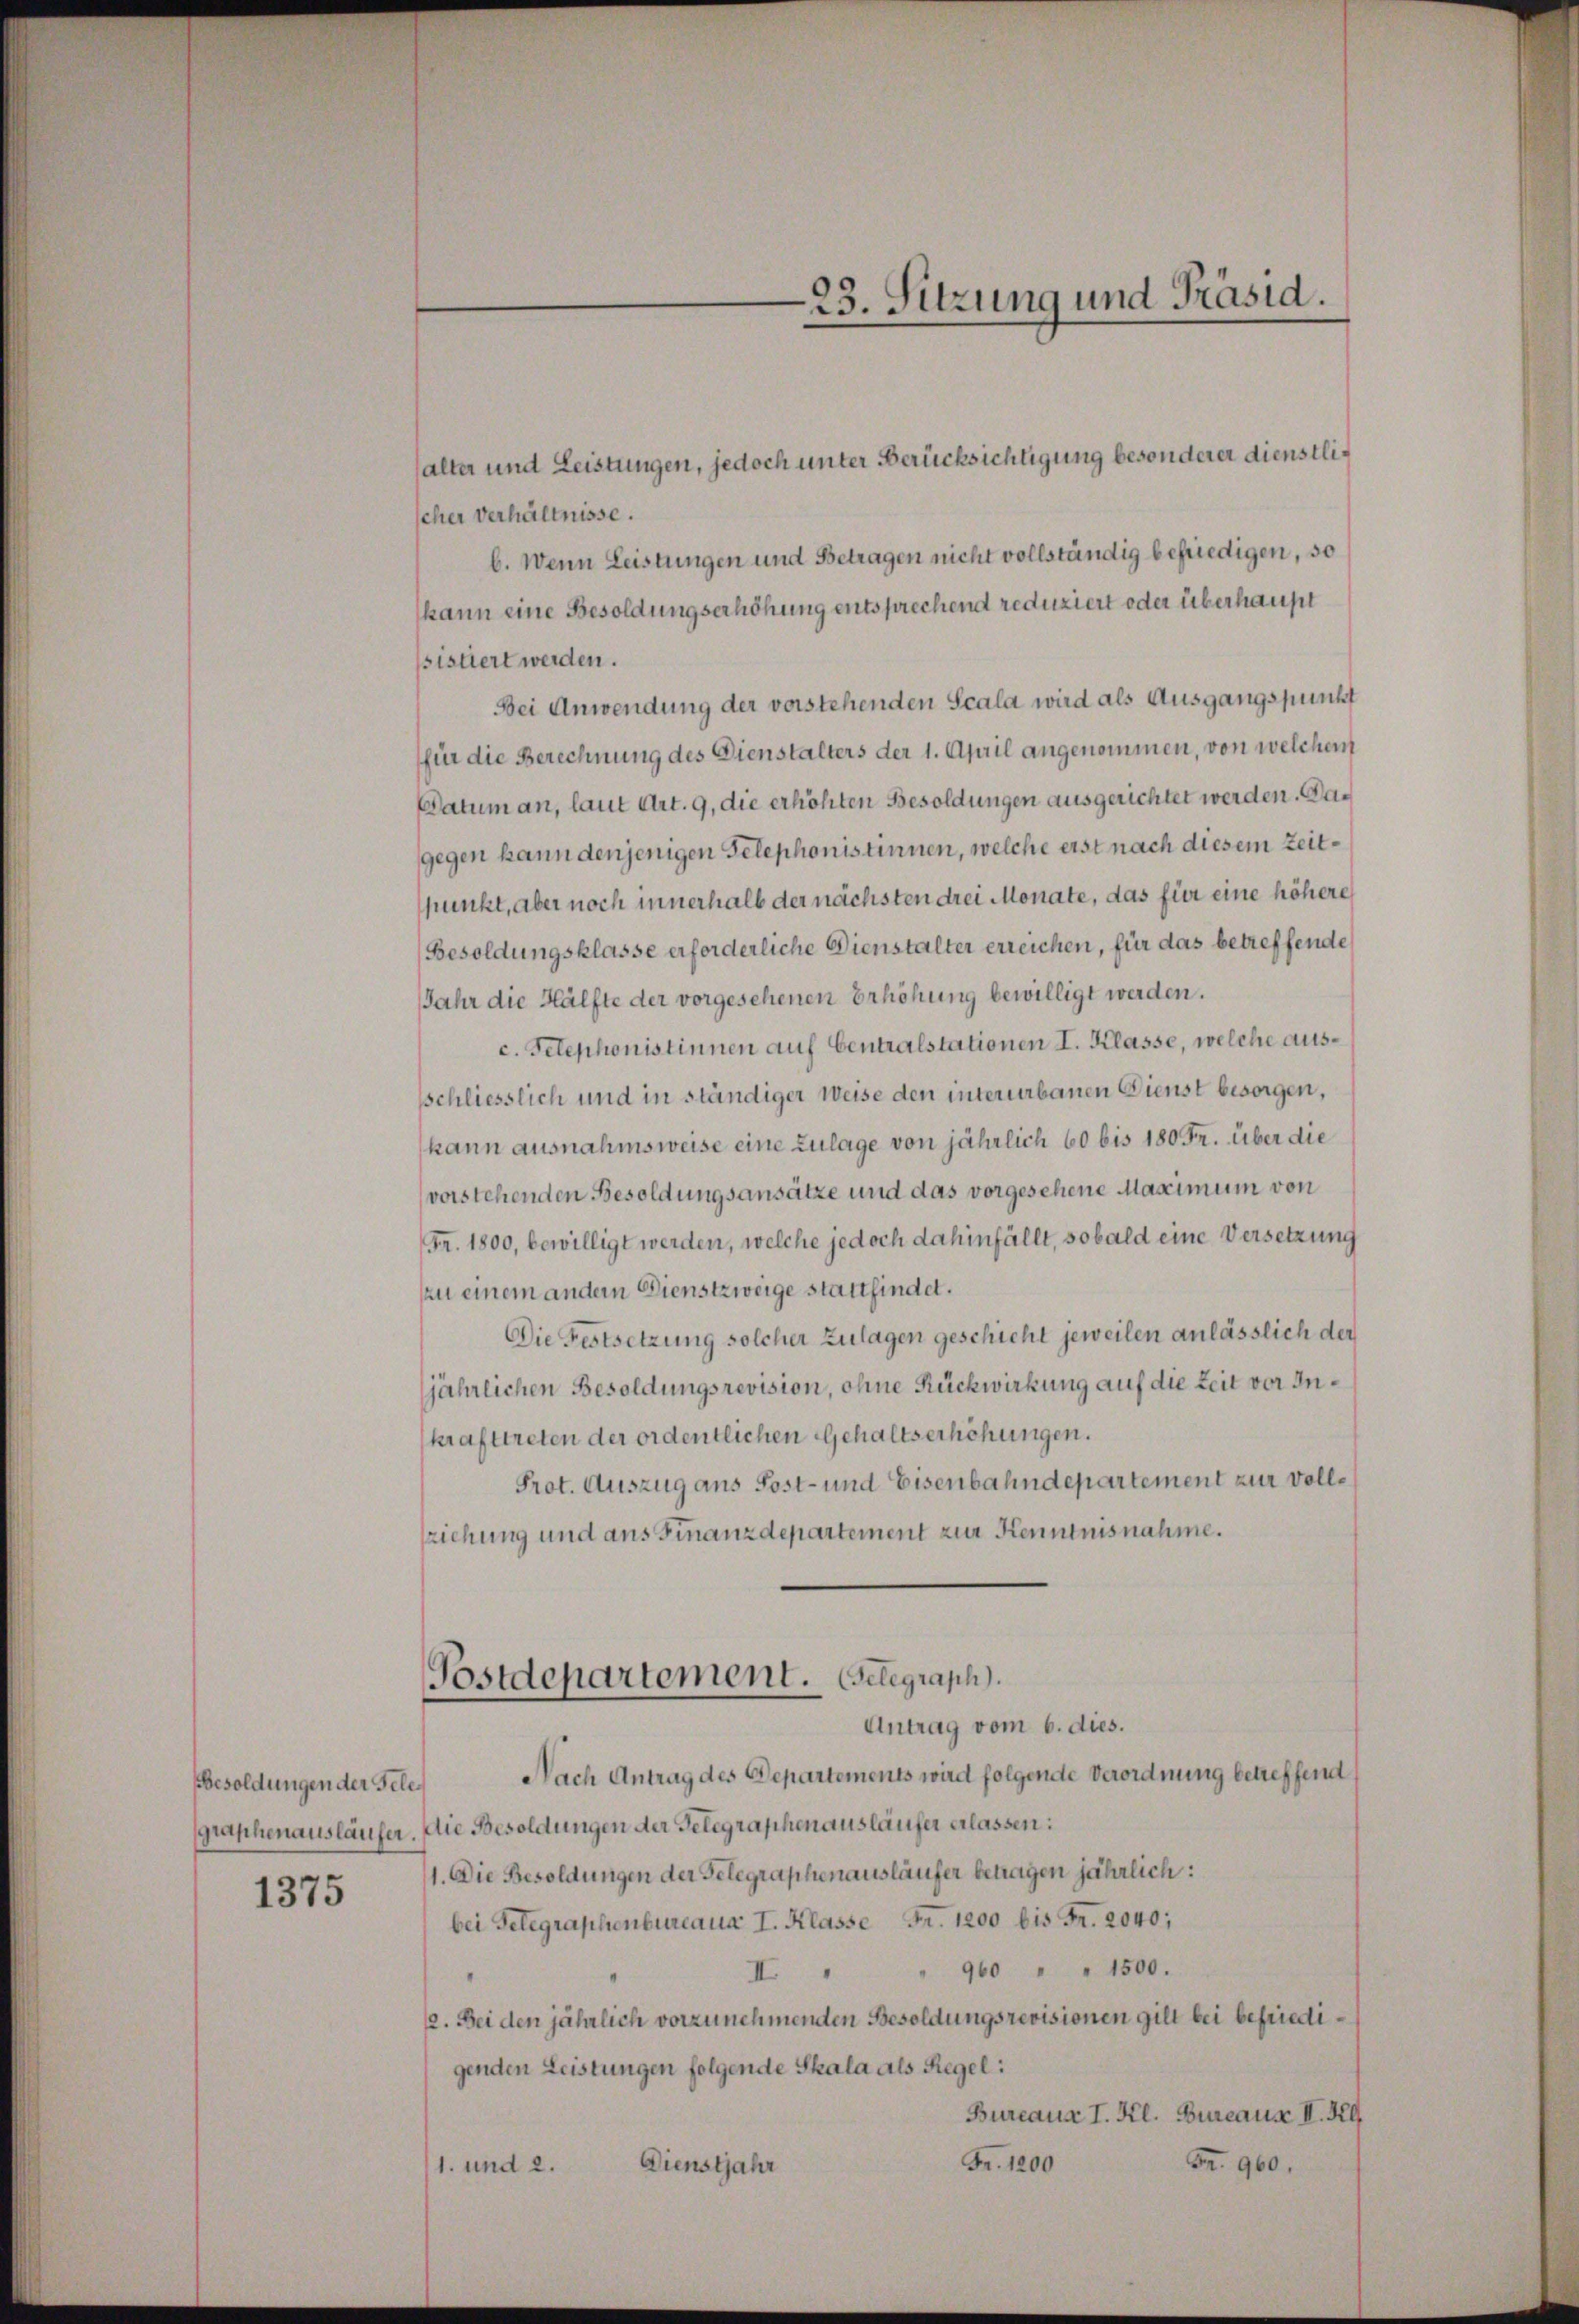
Besoldungen der Tele¬

1375

alter und Leistungen, jedoch unter Berücksichtigung besonderer dienstlischer Verhältnisse.
b. Wenn Leistungen und Betragen nicht vollständig befriedigen, so
kann eine Besoldungserhöhung entsprechend reduziert oder überhaupt
sistiert werden.
Bei Anwendung der vorstehenden Scala wird als Ausgangspunkt
für die Berechnung des Dienstalters der 1. April angenommen, von welchen
Datum an, laut Art. 9, die erhöhten Besoldungen ausgerichtet werden. Dagegen kann denjenigen Telephonistinnen, welche erst nach diesem Zeitspunkt, aber noch innerhalb der nächsten drei Monate, das für eine höhere
Besoldungsklasse erforderliche Dienstalter erreichen, für das betreffende
Jahr die Hälfte der vorgesehenen Erhöhung bewilligt werden.
c. Telephonistinnen auf Centralstationen I. Klasse, welche ausschliesslich und in ständiger Weise den intererbauen Dienst besorgen,
kann ausnahmsweise eine Zulage von jährlich 60 bis 180 Fr. über die
vorstehenden Besoldungsansätze und das vorgesehene Maximum von
Fr. 1800, bewilligt werden, welche jedoch dahinfällt, sobald eine Versetzung
zu einem andern Dienstzweige stattfindet.
Die Festsetzung solcher Zulagen geschicht jeweilen anlässlich der
jährlichen Besoldungsrevision, ohne Rückwirkung auf die Zeit vor Inkrafttreten der ordentlichen Gehaltserhöhungen.
Prot. Auszug aus Post- und Eisenbahndepartement zur volle
ziehung und ans Finanzdepartement zur Kenntnisnahme.
Postdepartement. Gelegraph).
Antrag vom 6. dies.
Nach Antrag des Departements wird folgende Verordnung betreffend
graphenausläufer. Die Besoldungen der Gelegraphenausläufer erlassen:
1. Die Besoldungen der Gelegraphenausläufer betragen jährlich:
bei Gelegraphenbureaux I. Klasse Fr. 1200 bis Fr. 2040;
II " " 940 " " 1500.
12. Bei den jährlich vorzunehmenden Besoldungsrevisionen gilt bei befriedigenden Leistungen folgende Skala als Regel:
Bureaus I. Kl. Bureaus II. R
F. 960.
Fr. 1200
Dienstjahr
1. und 2.

23. Sitzung und Präsid.